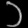
Digit: ၁